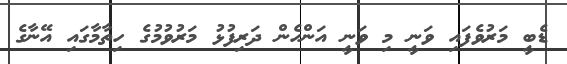
ޑެބީ މަރުވެފައި ވަނީ މި ވަނީ އަންހެން ދަރިފުޅު މަރުވުމުގެ ހިތާމާގައި އޭނާގެ